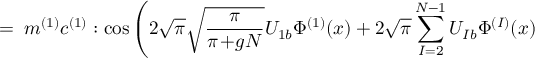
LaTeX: = \; m ^ { ( 1 ) } c ^ { ( 1 ) } : \cos \Bigg ( 2 \sqrt { \pi } \sqrt { \frac { \pi } { \pi \! + \! g N } } U _ { 1 b } \Phi ^ { ( 1 ) } ( x ) + 2 \sqrt { \pi } \sum _ { I = 2 } ^ { N - 1 } U _ { I b } \Phi ^ { ( I ) } ( x )